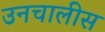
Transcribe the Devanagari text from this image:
उनचालीस